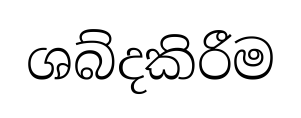
ශබ්දකිරීම